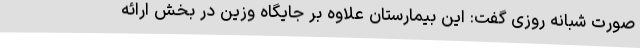
صورت شبانه روزی گفت: این بیمارستان علاوه بر جایگاه وزین در بخش ارائه